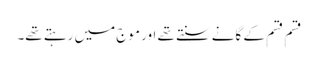
قسم قسم کے گانے سنتے تھے اور موج میں رہتے تھے۔